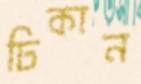
ঢিকান